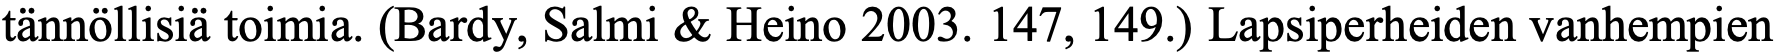
tännöllisiä toimia. (Bardy, Salmi & Heino 2003. 147, 149.) Lapsiperheiden vanhempien